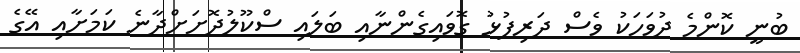
ބުނީ ކޮންމެ ދުވަހަކު ވެސް ދަރިފުޅު ގޮވައިގެންނާއި ބަލައި ސްކޫލުދޮށަށްދާނެ ކަމަށާއި އޭގެ